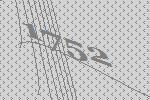
1752